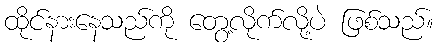
ထိုင်နားနေသည်ကို တွေ့လိုက်လို့ပဲ ဖြစ်သည်။